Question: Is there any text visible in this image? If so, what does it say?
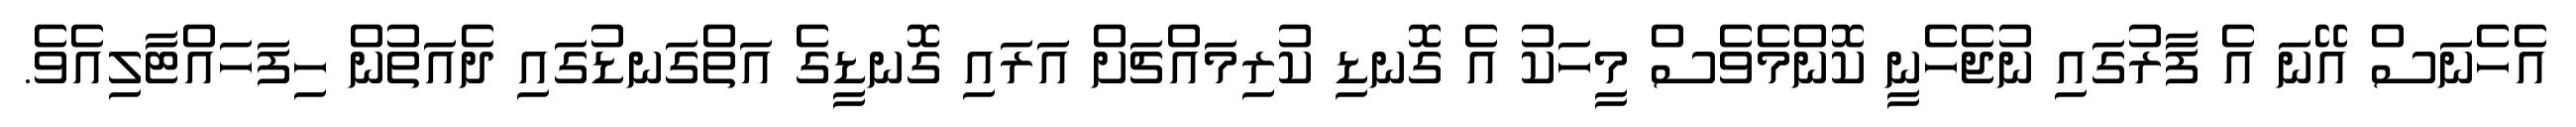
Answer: އެހެނަސް އޭނަ އެ ފާރުގައި ނުޖެހެނީ ކޮންމެވެސް މީހަކު އެ ގޮނޑި ކުރިމައްޗަށް އަރައި ގޮނޑީގެ އަތްގަނޑުގައި ދެއަތުން ހިފަހައްޓާލިއެވެ.